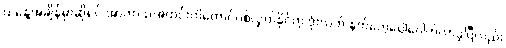
ယနေ့အချိန်မှာဆိုရင် အာကာသအတွင်းကိုတောင်ပစ်လွှတ်နိုင်တဲ့ ဒုံးလက် နက်တွေပေါ်ပေါက်လာခဲ့ပြီလည်း